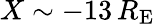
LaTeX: X\sim-13\, R_{\mathrm{E}}